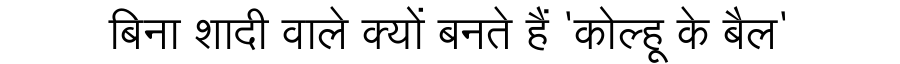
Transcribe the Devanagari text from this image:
बिना शादी वाले क्यों बनते हैं 'कोल्हू के बैल'